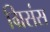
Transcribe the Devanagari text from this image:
ग्रिसंस